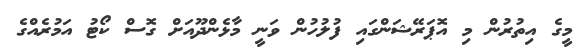
މީގެ އިތުރުން މި އޮޕަރޭޝަންގައި ފުލުހުން ވަނީ މާޅެންދޫއަށް ގޮސް ކޯޓު އަމުރެއްގެ